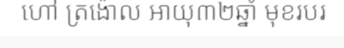
ហៅ ត្រង៉ោល អាយុ៣២ឆ្នាំ មុខរបរ